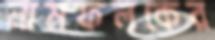
নামফলকের